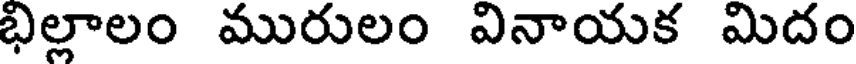
భిల్లాలం మురులం వినాయక మిదం